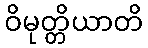
ဝိမုတ္တိယာတိ